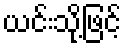
ယင်းသို့ဖြင့်